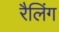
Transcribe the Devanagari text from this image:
रैलिंग